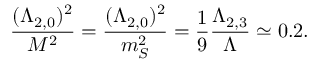
{ \frac { ( \Lambda _ { 2 , 0 } ) ^ { 2 } } { M ^ { 2 } } } = { \frac { ( \Lambda _ { 2 , 0 } ) ^ { 2 } } { m _ { S } ^ { 2 } } } = { \frac { 1 } { 9 } } { \frac { \Lambda _ { 2 , 3 } } { \Lambda } } \simeq 0 . 2 .